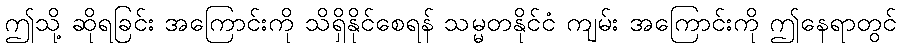
ဤသို့ ဆိုရခြင်း အကြောင်းကို သိရှိနိုင်စေရန် သမ္မတနိုင်ငံ ကျမ်း အကြောင်းကို ဤနေရာတွင်